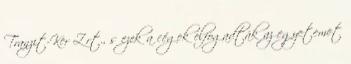
Tranzit-Ker Zrt., s ezek a cégek elfogadták az egyetemet